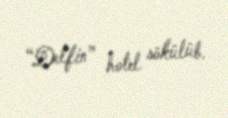
“Delfin” hotel sökülüb.